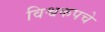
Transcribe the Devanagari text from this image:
विश्वकपचे